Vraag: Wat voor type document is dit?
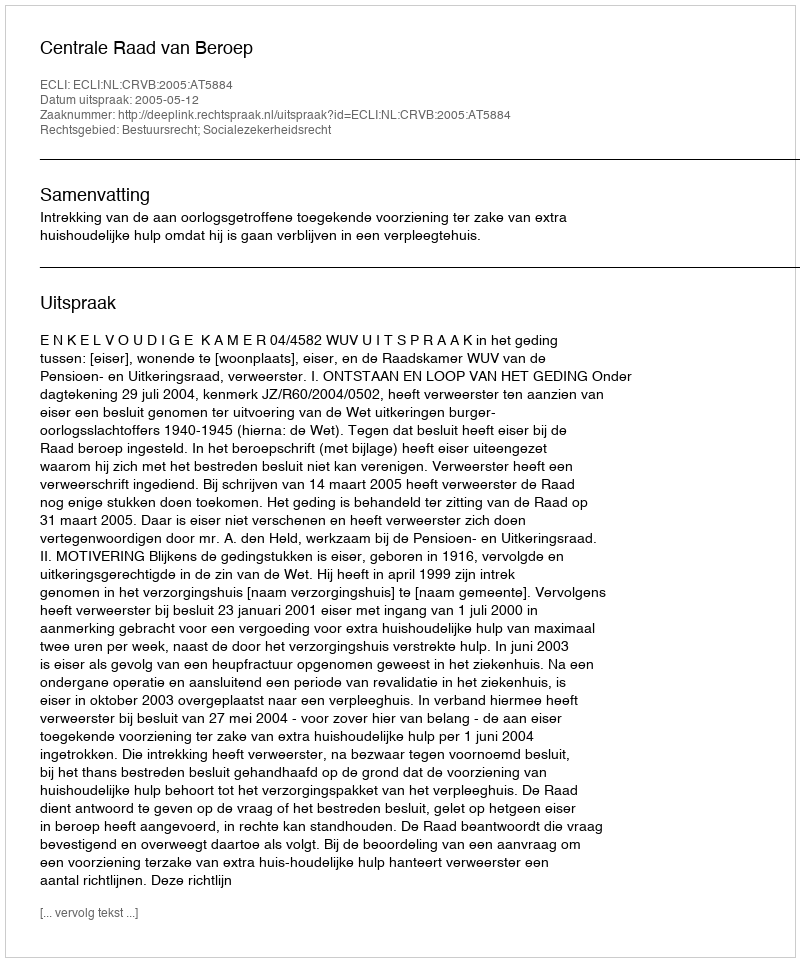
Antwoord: Uitspraak